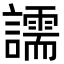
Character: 譳